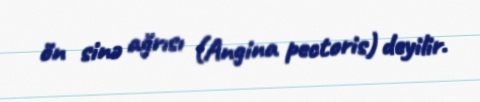
ön sinə ağrısı (Angina pectoris) deyilir.